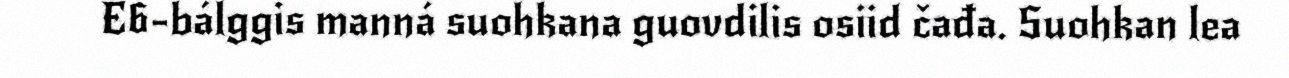
E6-bálggis manná suohkana guovdilis osiid čađa. Suohkan lea